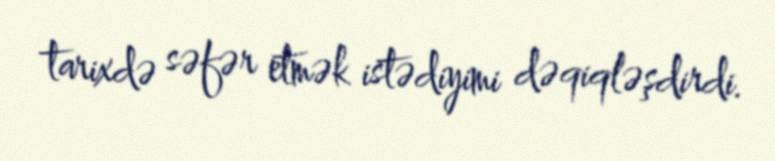
tarixdə səfər etmək istədiyimi dəqiqləşdirdi.